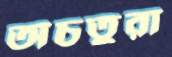
অচতুরা